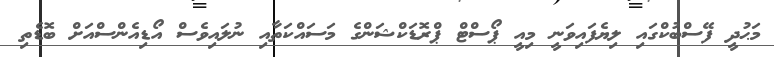
މަޙުދީ ފޭސްބުކްގައި ލިޔެފައިވަނީ މިއީ ޕޯސްޓް ޕްރޮޑަކްޝަންގެ މަސައްކަތާއި ނުލައިވެސް އޯޑިއެންސްއަށް ބޮޑެތި